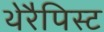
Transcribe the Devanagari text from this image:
थेरैपिस्ट